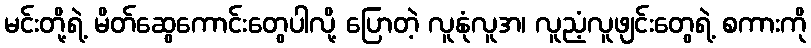
မင်းတို့ရဲ့ မိတ်ဆွေကောင်းတွေပါလို့ ပြောတဲ့ လူနုံလူအ၊ လူညံ့လူဖျင်းတွေရဲ့ စကားကို